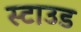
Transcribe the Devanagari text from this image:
स्टाउड